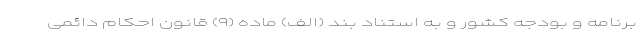
برنامه و بودجه کشور و به استناد بند (الف) ماده (۹) قانون احکام دائمی